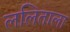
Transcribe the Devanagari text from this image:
ललिताला